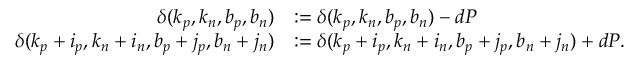
\begin{array} { r l } { \delta ( k _ { p } , k _ { n } , b _ { p } , b _ { n } ) } & { : = \delta ( k _ { p } , k _ { n } , b _ { p } , b _ { n } ) - d P } \\ { \delta ( k _ { p } + i _ { p } , k _ { n } + i _ { n } , b _ { p } + j _ { p } , b _ { n } + j _ { n } ) } & { : = \delta ( k _ { p } + i _ { p } , k _ { n } + i _ { n } , b _ { p } + j _ { p } , b _ { n } + j _ { n } ) + d P . } \end{array}